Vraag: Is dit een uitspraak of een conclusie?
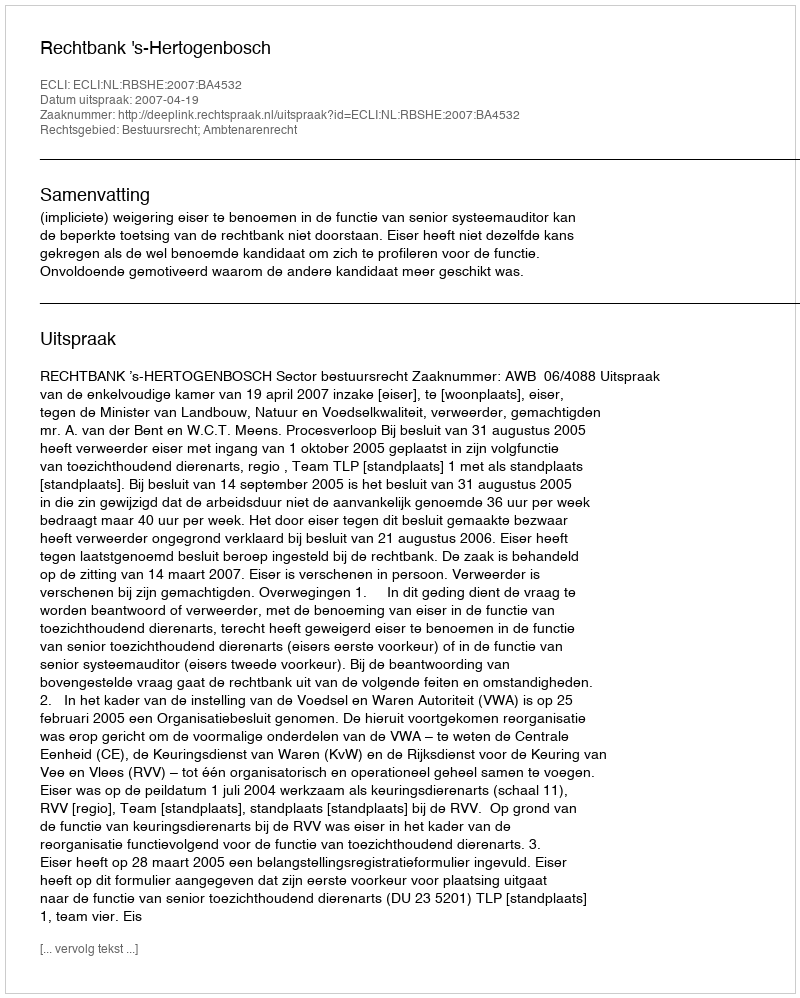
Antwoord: Uitspraak